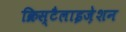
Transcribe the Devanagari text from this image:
क्रिस्टैलाइज़ेशन